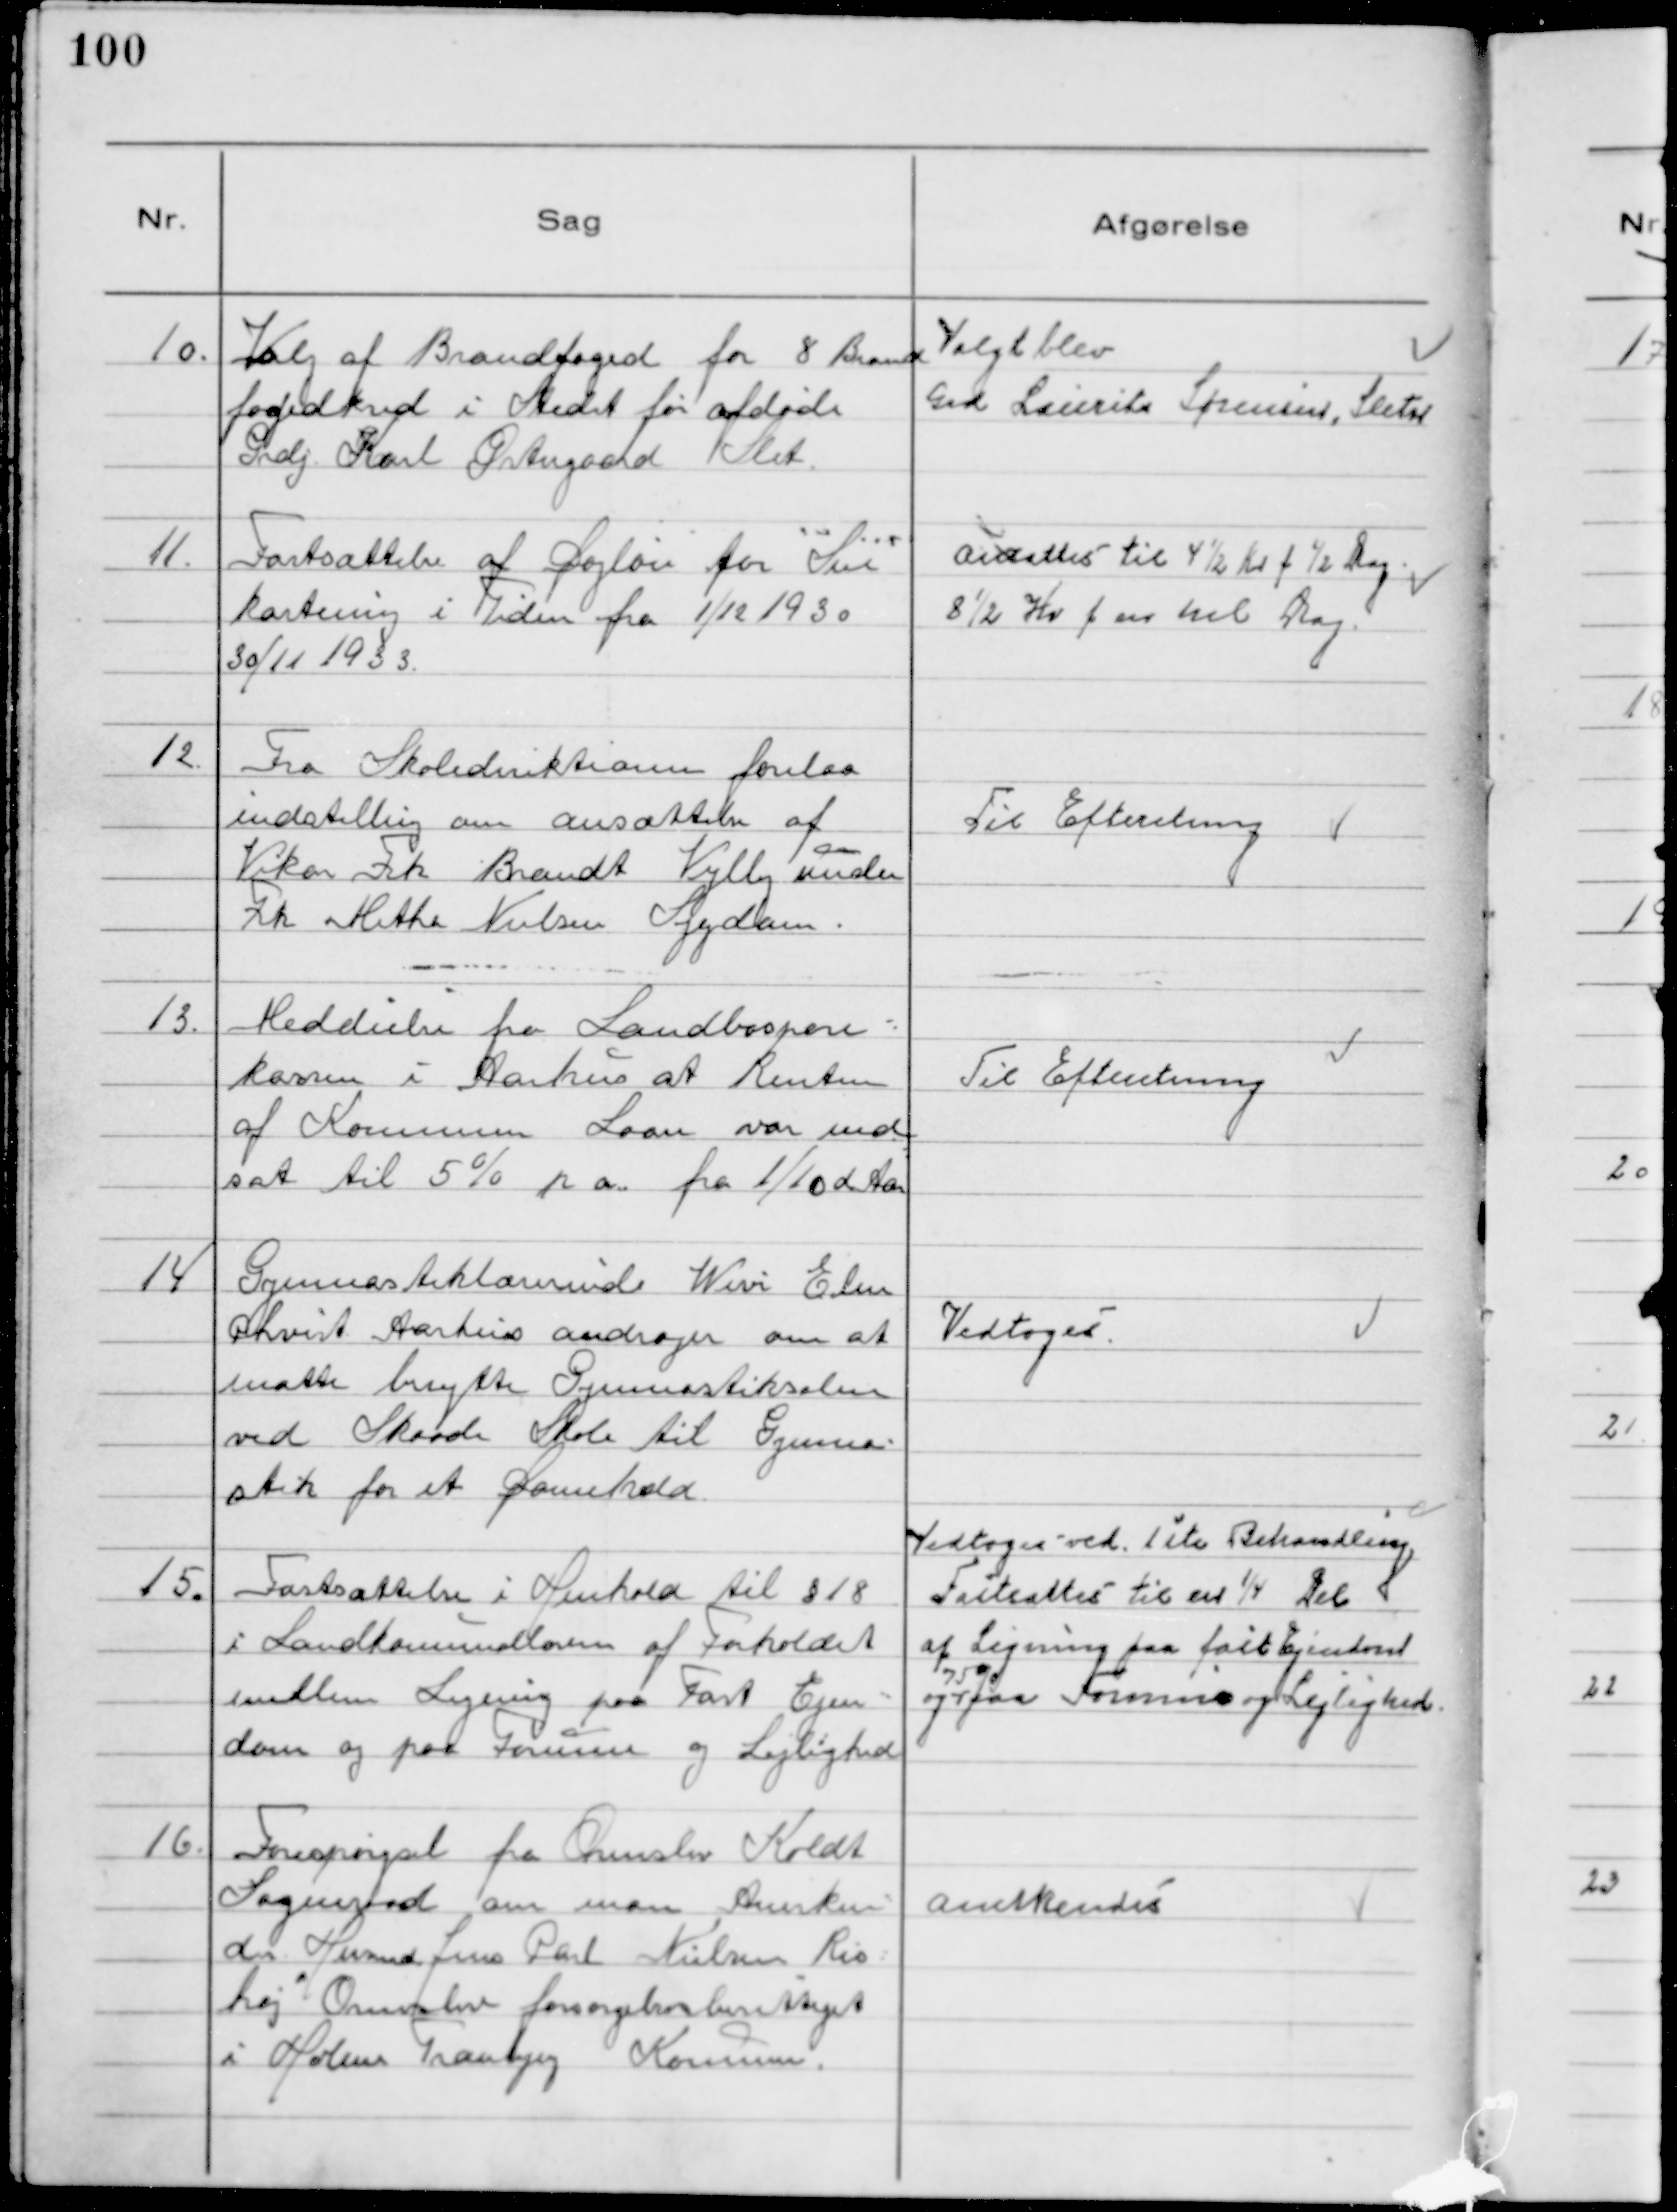
Transskription:
10.
Valg af Brandfoged for 8 Brand
fogedkred i Stedet for afdøde
Grdj. Karl Østergaard Slet

Valgt blev
Grd Laurits Sørensen, Sleth

11.
Fastsættelse af Dagløn for Sne
kastning i Tiden fra 1/12 1930
30/11 1933.

Andattes til 4½ Kr f ½ Dag
8½ Kr f en hel Dag.

12.
Fra Skoledirektionen forelaa
indstilling om ansættelse af
Vikar Frk Brandt Vejlby under
Frk Metha Nielsen Sygdom.

Til Efteretning

13.
Meddeelse fra Landbospare-
kassen i Aarhus at Renten
af Kommunen Laan var ned
sat til 5% p a. fra 1/10 d Aar

Til Efteretning

14
Gymnastiklærerinde Wivi Elm
qhvist Aarhus andrager om at
måtte benytte Gymnastiksalen
ved Skaade Skole til Gymna-
stik for et Damehold

Vedtoges

15.
Fastsættelse i Henhold til § 18
i Landkommunalloven af Forholdet
imellem Ligning paa Fast Ejen-
dom og paa Formue og Lejlighed

Vedtoges ved 1ste Behandling
Fastsattes til en ¼ Del
af Ligning paa fast Ejendom
og
75%
paa Formue og Lejlighed.

16.
Forespørgsel fra Ormslev Koldt
Sogneraad om man Anerken-
der Husmd Jens Carl Nielsen Ris
høj Ormslev forsørgelsesberettiget
i Holme Tranbjerg Kommune.

Anerkendes